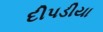
દીપડીયા